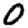
Digit: 0